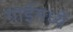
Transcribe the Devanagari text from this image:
गाईमध्यें